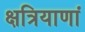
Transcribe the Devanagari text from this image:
क्षत्रियाणां